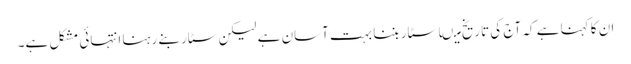
ان کا کہنا ہے کہ آج کی تاریخ میںا سٹار بننا بہت آسان ہے لیکن سٹار بنے رہنا انتہائی مشکل ہے۔